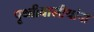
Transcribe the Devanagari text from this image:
पृथ्वीवासीयांना